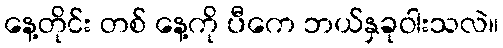
နေ့တိုင်း တစ် နေ့ကို ပီကေ ဘယ်နှခုဝါးသလဲ။